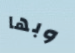
وبها